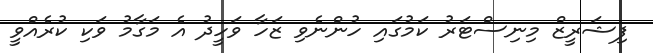
ފިޝަރީޒް މިނިސްޓަރު ކަމުގައި ހުންނެވި ޒަހާ ވަހީދު އެ މަގާމު ވަކި ކުރެއްވީ